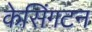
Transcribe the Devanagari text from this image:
केसिंगटन